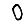
Digit: 0